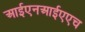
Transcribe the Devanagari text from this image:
आईएनआईएएच